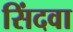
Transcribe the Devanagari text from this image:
सिंदवा